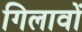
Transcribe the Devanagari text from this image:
गिलावों